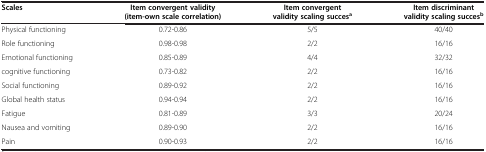
<table><thead><tr><td><b>Scales</b></td><td><b>Item convergent validity (item-own scale correlation)</b></td><td><b>Item convergent validity scaling succes<sup>a</sup></b></td><td><b>Item discriminant validity scaling succes<sup>b</sup></b></td></tr></thead><tbody><tr><td>Physical functioning</td><td>0.72-0.86</td><td>5/5</td><td>40/40</td></tr><tr><td>Role functioning</td><td>0.98-0.98</td><td>2/2</td><td>16/16</td></tr><tr><td>Emotional functioning</td><td>0.85-0.89</td><td>4/4</td><td>32/32</td></tr><tr><td>cognitive functioning</td><td>0.73-0.82</td><td>2/2</td><td>16/16</td></tr><tr><td>Social functioning</td><td>0.89-0.92</td><td>2/2</td><td>16/16</td></tr><tr><td>Global health status</td><td>0.94-0.94</td><td>2/2</td><td>16/16</td></tr><tr><td>Fatigue</td><td>0.81-0.89</td><td>3/3</td><td>20/24</td></tr><tr><td>Nausea and vomiting</td><td>0.89-0.90</td><td>2/2</td><td>16/16</td></tr><tr><td>Pain</td><td>0.90-0.93</td><td>2/2</td><td>16/16</td></tr></tbody></table>